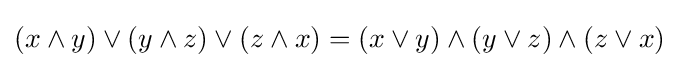
(x\wedge y)\vee (y\wedge z)\vee (z\wedge x)=(x\vee y)\wedge (y\vee z)\wedge (z\vee x)